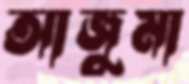
আজুমা